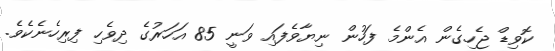
ކޮވިޑް ޖެހިގެން އެންމެ ފަހުން ނިޔާވެފައި ވަނީ 85 އަހަރުގެ ދިވެހި ފިރިހެނެކެވެ.